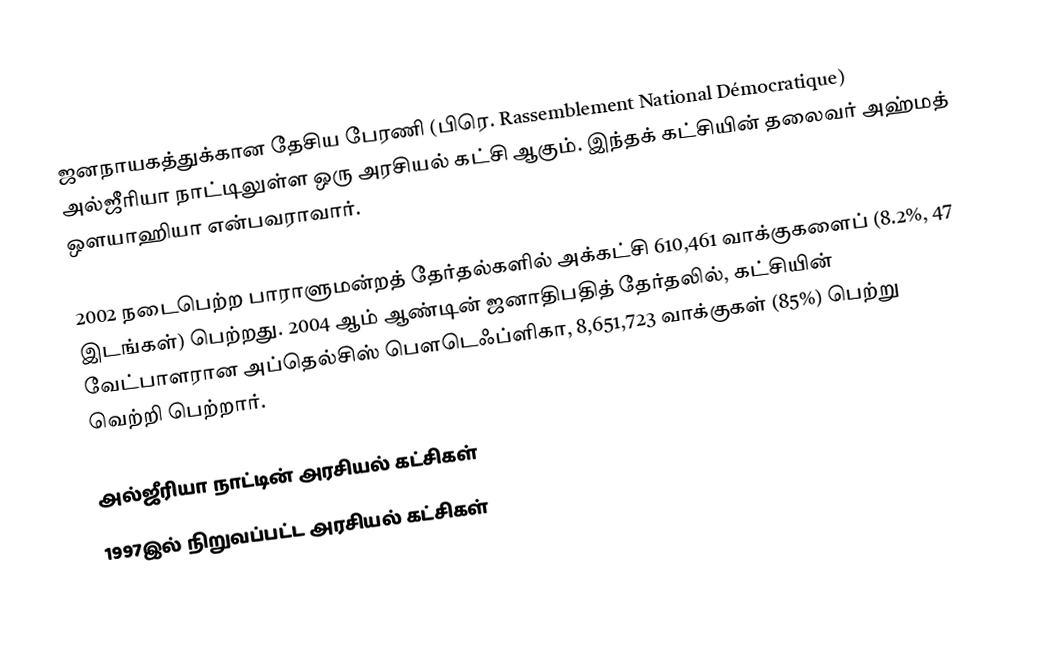
ஜனநாயகத்துக்கான தேசிய பேரணி (பிரெ. Rassemblement National Démocratique) அல்ஜீரியா நாட்டிலுள்ள ஒரு அரசியல் கட்சி ஆகும். இந்தக் கட்சியின் தலைவர் அஹ்மத் ஔயாஹியா என்பவராவார்.

2002 நடைபெற்ற பாராளுமன்றத் தேர்தல்களில் அக்கட்சி 610,461 வாக்குகளைப் (8.2%, 47 இடங்கள்) பெற்றது. 2004 ஆம் ஆண்டின் ஜனாதிபதித் தேர்தலில், கட்சியின் வேட்பாளரான அப்தெல்சிஸ் பௌடெஃப்ளிகா, 8,651,723 வாக்குகள் (85%) பெற்று வெற்றி பெற்றார்.

அல்ஜீரியா நாட்டின் அரசியல் கட்சிகள்
1997இல் நிறுவப்பட்ட அரசியல் கட்சிகள்